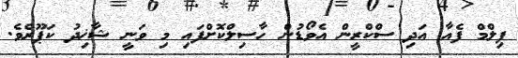
ފިލްމް ފެއާ އަދި ސްކްރީން އެވޯޑުން ހާސިލްކޮށްފައި މި ވަނީ ޝާޚިދު ކަޕޫރެވެ.